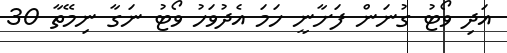
އަދި ވޯޓު ގުނަން ފަށާނީ ހަމަ އެދުވަހު ވޯޓު ނަގާ ނިމޭތާ 30